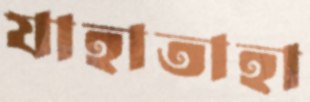
যাহাতাহা